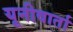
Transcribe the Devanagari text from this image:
यूनीवार्ता